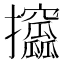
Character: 攨